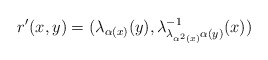
\begin{align*}r^{\prime}(x,y)=(\lambda_{\alpha(x)}(y),\lambda_{\lambda_{\alpha^{2}(x)}\alpha(y)}^{-1}(x))\end{align*}